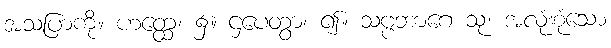
အသပြာကို။ ဟတ္ထေ၊ ၌။ ဌပေတွာ၊ ၍။ သဗ္ဗဘာဂေ သု၊ အလုံးစုံသော